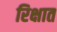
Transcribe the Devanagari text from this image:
रिक्षात